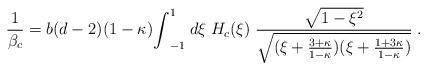
LaTeX: \begin{align*}{1 \over \beta_c } = b ( d-2 )(1-\kappa) {\int}_{-1}^{1} \; d\xi \; H_c(\xi) \; { \sqrt{1-\xi^2} \over \sqrt{(\xi + \frac{3+\kappa}{1-\kappa}) (\xi +\frac{1+3 \kappa}{1-\kappa})} } \;.\end{align*}